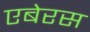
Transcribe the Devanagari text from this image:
एबेरस